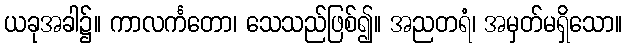
ယခုအခါ၌။ ကာလင်္ကတော၊ သေသည်ဖြစ်၍။ အညတရံ၊ အမှတ်မရှိသော။